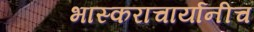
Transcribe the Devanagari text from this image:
भास्कराचार्यानीच